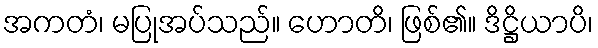
အကတံ၊ မပြုအပ်သည်။ ဟောတိ၊ ဖြစ်၏။ ဒိဋ္ဌိယာပိ၊